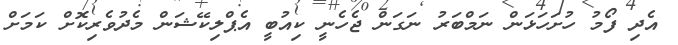
އެދި ފޯމު ހުށަހަޅަން ނަމްބަރު ނަގަން ޖެހެނީ ކިއުބީ އެޕްލިކޭޝަން މެދުވެރިކޮށް ކަމަށް